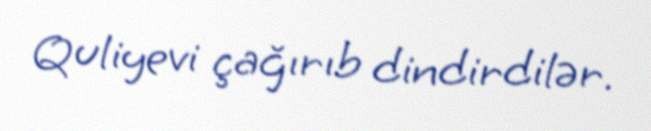
Quliyevi çağırıb dindirdilər.